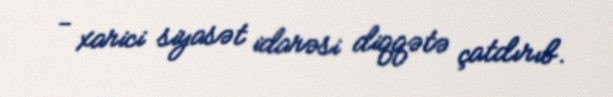
- xarici siyasət idarəsi diqqətə çatdırıb.